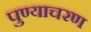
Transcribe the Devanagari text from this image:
पुण्याचरण